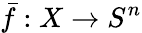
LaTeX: {\bar{f}}:X\to S^{n}